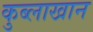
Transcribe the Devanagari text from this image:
कुब्लाखान